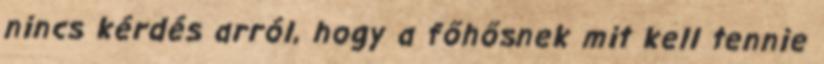
nincs kérdés arról, hogy a főhősnek mit kell tennie